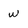
Character: w